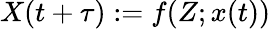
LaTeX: X(t+\tau):=f(Z;x(t))